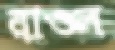
রাওল